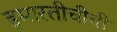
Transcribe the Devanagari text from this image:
इमारतीचीची